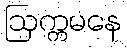
ဩက္ကမနေ